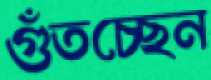
গুঁতচ্ছেন